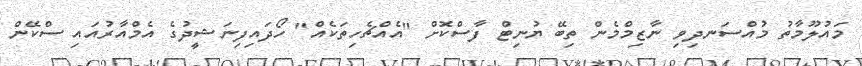
މައުލޫމާތު މުއްސަނދިވި ނާޒިމްމެން ތިބޭ ޔުނިޓް ފާސްކޮށް "އެއްޗެހިތަކެއް" ހޯދައިފިނަޝީދުގެ އެމްއާރުއައި ސްކޭން